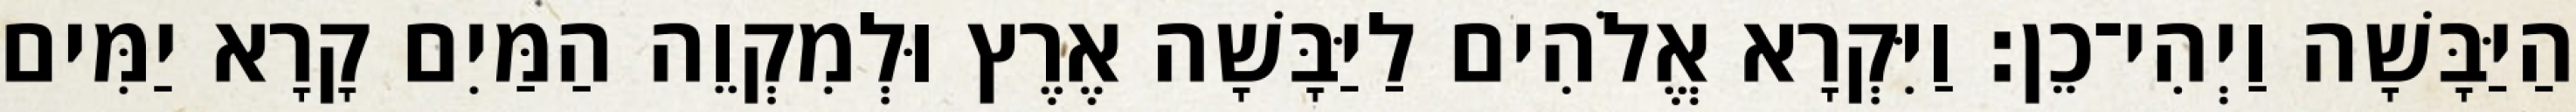
הַיַּבָּשָׁה וַיְהִי־כֵן׃ וַיִּקְרָא אֱלֹהִים לַיַּבָּשָׁה אֶרֶץ וּלְמִקְוֵה הַמַּיִם קָרָא יַמִּים